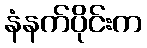
နံနက်ပိုင်းက